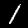
Label: 1